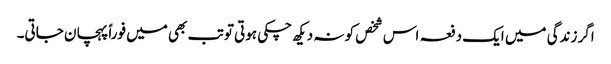
اگر زندگی میں ایک دفعہ اس شخص کو نہ دیکھ چکی ہوتی تو تب بھی میں فوراً پہچان جاتی۔